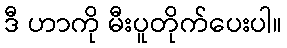
ဒီ ဟာကို မီးပူတိုက်ပေးပါ။